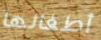
أطفالها